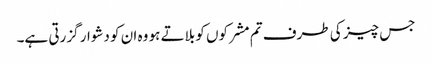
جس چیز کی طرف تم مشرکوں کو بلاتے ہو وہ ان کو دشوار گزرتی ہے۔